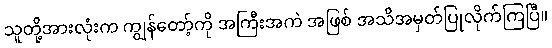
သူတို့အားလုံးက ကျွန်တော့်ကို အကြီးအကဲ အဖြစ် အသိအမှတ်ပြုလိုက်ကြပြီ။